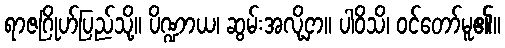
ရာဇဂြိုဟ်ပြည်သို့။ ပိဏ္ဍာယ၊ ဆွမ်းအလို့ငှာ။ ပါဝိသိ၊ ဝင်တော်မူ၏။